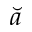
\breve { a }